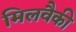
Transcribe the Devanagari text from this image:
मिलवैकी